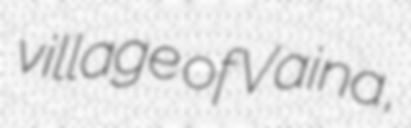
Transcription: village of Vaina,